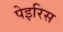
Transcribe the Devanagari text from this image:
पेइरिस